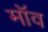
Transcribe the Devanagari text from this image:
मॉव